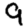
Digit: 9